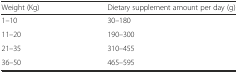
| Weight (Kg) | Dietary supplement amount per day (g) |
 | --- | --- |
 | 1–10 | 30–180 |
 | 11–20 | 190–300 |
 | 21–35 | 310–455 |
 | 36–50 | 465–595 |